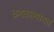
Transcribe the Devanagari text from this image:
ठणकल्यागत